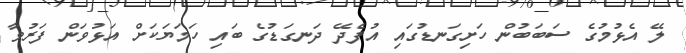
ލޭ އެޅުމުގެ ސަބަބުން ހަށިގަނޑުގައި އުފެދޭ ދަނގަޑުގެ ބައި ހަމަޔަކަށް އަޅުވަން ފަރުވާ